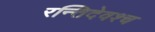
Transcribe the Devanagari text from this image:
रन्तिदेवश्च